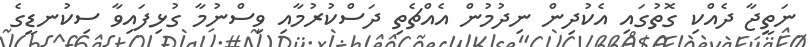
ނަތީޖާ ދެއްކި ގޮތުގައި އެކުދިން ނިދުމުން އެއްޗެތި ދަސްކުރުމާއި ވިސްނުމާ ގުޅިފައިވާ ސިކުނޑީގެ